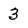
Character: 3